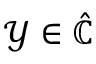
\mathcal { Y } \in \hat { \mathbb { C } }